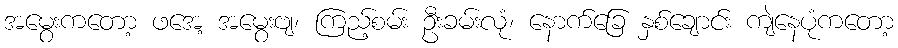
အမွေးကတော့ ဖအေ့ အမွေးဗျ၊ ကြည့်စမ်း ဦးခမ်းလုံ၊ နောက်ခြေ နှစ်ချောင်း ကျဲနေပုံကတော့